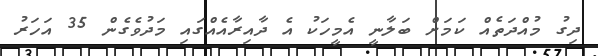
ދިގު މުއްދަތެއް ކަމަށް ބަލާނީ އެމީހަކު އެ ދާއިރާއެއްގައި މަދުވެގެން 35 އަހަަރު